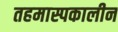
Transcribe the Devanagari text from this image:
तहमास्पकालीन